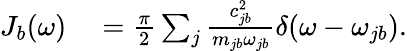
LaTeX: \begin{array}{rl}{J_{b}(\omega)}&{{}=\frac{\pi}{2}\sum_{j}\frac{c_{jb}^{2}}{m_{jb}\omega_{jb}}\delta(\omega-\omega_{jb}).}\end{array}